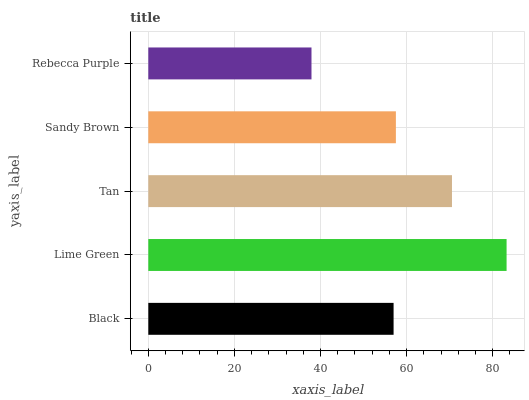
| yaxis_label | bars |
 | --- | --- |
 | Black | 57 |
 | Lime Green | 83.2 |
 | Tan | 70.5 |
 | Sandy Brown | 57.5 |
 | Rebecca Purple | 37.9 |